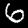
Digit: 6